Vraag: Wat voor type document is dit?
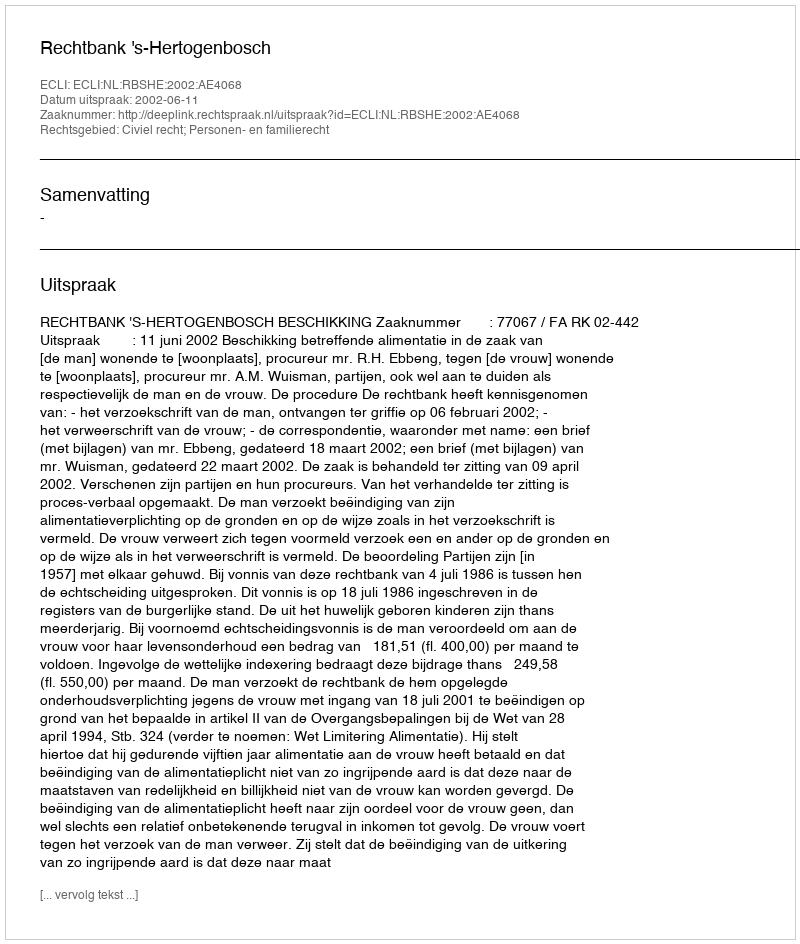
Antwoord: Uitspraak